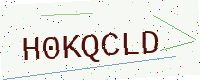
Text: H0KQCLD